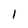
Character: l